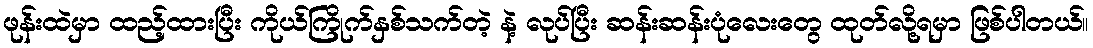
ဖုန်းထဲမှာ ထည့်ထားပြီး ကိုယ်ကြိုက်နှစ်သက်တဲ့ နဲ့ လုပ်ပြီး ဆန်းဆန်းပုံလေးတွေ ထုတ်လို့ရမှာ ဖြစ်ပါတယ်။